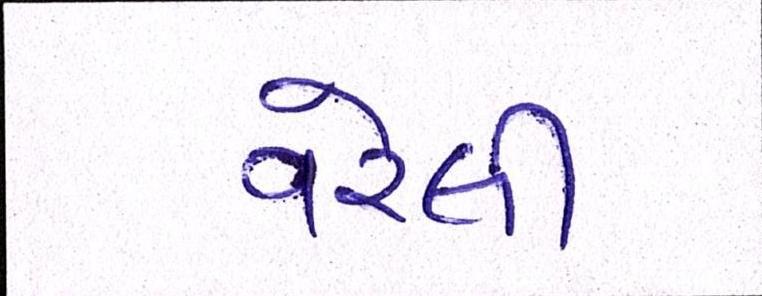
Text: વરેલી